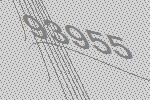
93955